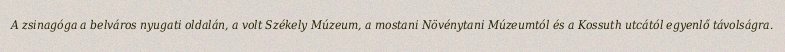
A zsinagóga a belváros nyugati oldalán, a volt Székely Múzeum, a mostani Növénytani Múzeumtól és a Kossuth utcától egyenlő távolságra.